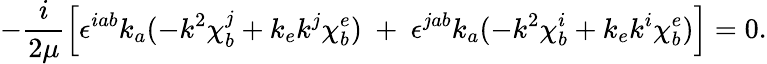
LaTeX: -\frac{i}{2\mu}\left[\epsilon^{iab}k_{a}(-k^{2}\chi_{b}^{j}+k_{e}k^{j}\chi_{b}^{e})~+~\epsilon^{jab}k_{a}(-k^{2}\chi_{b}^{i}+k_{e}k^{i}\chi_{b}^{e})\right]=0.